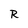
Character: R